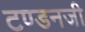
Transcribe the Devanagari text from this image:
टण्डनजी